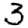
Digit: 3